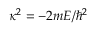
\kappa ^ { 2 } = - 2 m E / \hbar ^ { 2 }